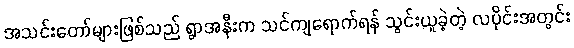
အသင်းတော်များဖြစ်သည် ရွာအနီးက သင်ကျရောက်ရန် သွင်းယူခဲ့တဲ့ လပိုင်းအတွင်း